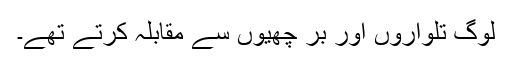
لوگ تلواروں اور بر چھیوں سے مقابلہ کرتے تھے۔